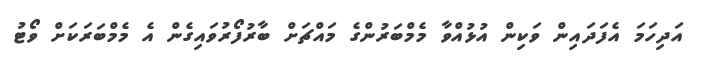
އަދިހަމަ އެފަދައިން ވަކިން އުޅުއްވާ މެމްބަރުންގެ މައްޗަށް ބާރުފޯރުވައިގެން އެ މެމްބަރަކަށް ވޯޓު